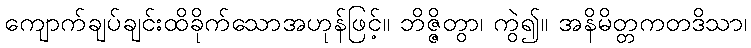
ကျောက်ချပ်ချင်းထိခိုက်သောအဟုန်ဖြင့်။ ဘိဇ္ဇိတွာ၊ ကွဲ၍။ အနိမိတ္တကတဒိသာ၊